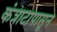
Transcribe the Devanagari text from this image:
कंत्राटापासून